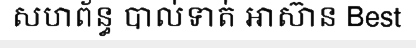
សហព័ន្ធ បាល់ទាត់ អាស៊ាន Best